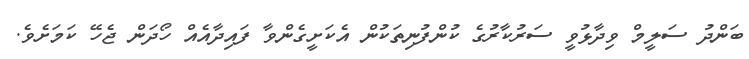
ބަންދު ސަލީމް ވިދާޅުވީ ސަރުކާރުގެ ކުންފުނިތަކުން އެކަށީގެންވާ ފައިދާއެއް ހޯދަން ޖެހޭ ކަމަށެވެ.